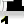
Digit: 1